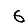
Digit: 6